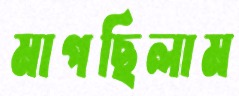
মাপছিলাম